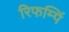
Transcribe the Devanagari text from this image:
रिफम्पिं